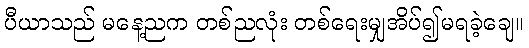
ပီယာသည် မနေ့ညက တစ်ညလုံး တစ်ရေးမျှအိပ်၍မရခဲ့ချေ။